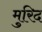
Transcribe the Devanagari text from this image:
मुरिद